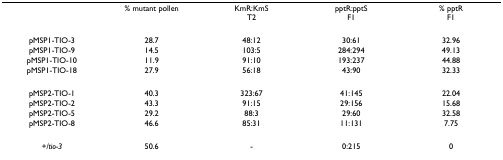
|  | % mutant pollen | KmR:KmST2 | pptR:pptSF1 | % pptRF1 |
 | --- | --- | --- | --- | --- |
 | pMSP1-TIO-3 | 28.7 | 48:12 | 30:61 | 32.96 |
 | pMSP1-TIO-9 | 14.5 | 103:5 | 284:294 | 49.13 |
 | pMSP1-TIO-10 | 11.9 | 91:10 | 193:237 | 44.88 |
 | pMSP1-TIO-18 | 27.9 | 56:18 | 43:90 | 32.33 |
 | pMSP2-TIO-1 | 40.3 | 323:67 | 41:145 | 22.04 |
 | pMSP2-TIO-2 | 43.3 | 91:15 | 29:156 | 15.68 |
 | pMSP2-TIO-5 | 29.2 | 88:3 | 29:60 | 32.58 |
 | pMSP2-TIO-8 | 46.6 | 85:31 | 11:131 | 7.75 |
 | +/tio-3 | 50.6 | - | 0:215 | 0 |